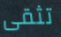
تثقى